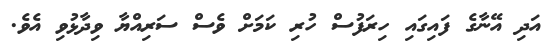
އަދި އޭނާގެ ފައިގައި ހިރަފުސް ހުރި ކަމަށް ވެސް ސަރިއްޔާ ވިދާޅުވި އެވެ.